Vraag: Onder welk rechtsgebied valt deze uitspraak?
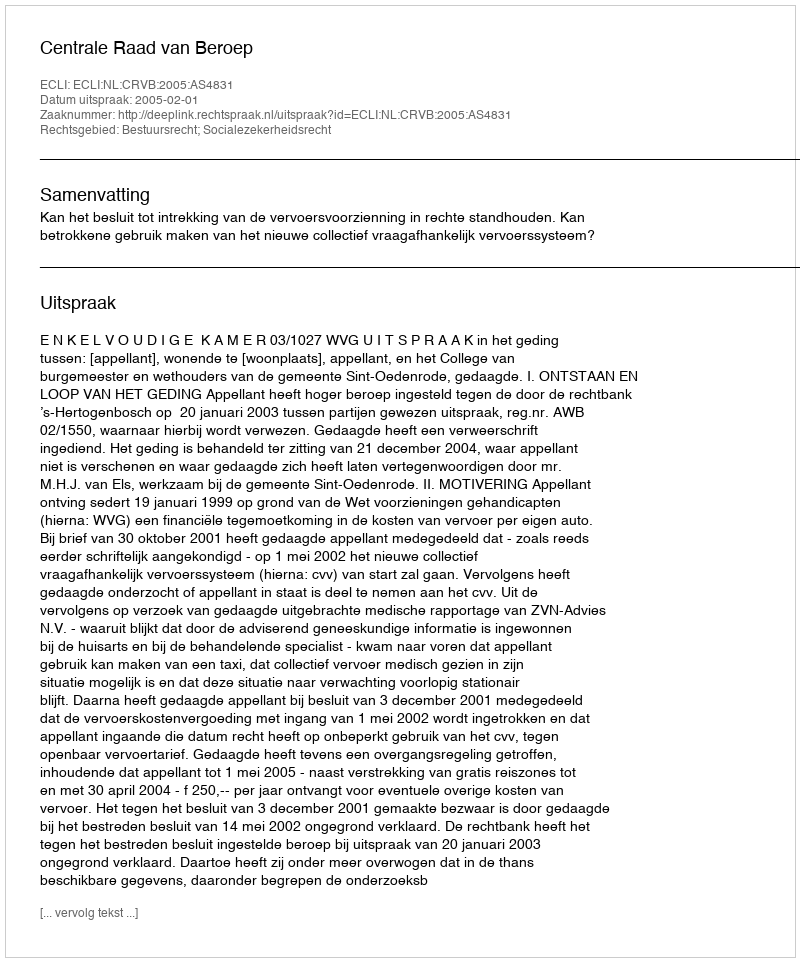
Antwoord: Bestuursrecht; Socialezekerheidsrecht